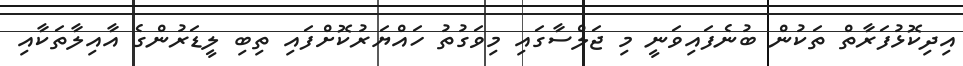
އިދިކޮޅުފަރާތް ތަކުން ބުނެފައިވަނީ މި ޖަލްސާގައި މިވަގުތު ހައްޔަރުކޮށްފައި ތިބި ލީޑަރުންގެ އާއިލާތަކާއި